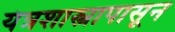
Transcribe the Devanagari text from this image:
यंत्रशास्त्रापासून